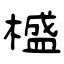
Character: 𣛮